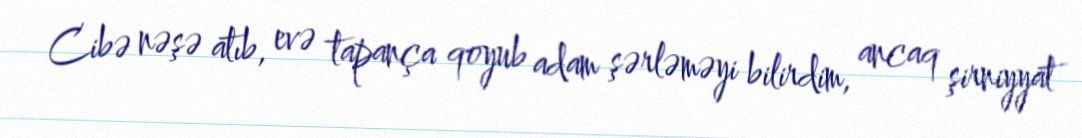
Cibə nəşə atıb, evə tapança qoyub adam şərləməyi bilirdim, ancaq şirniyyat